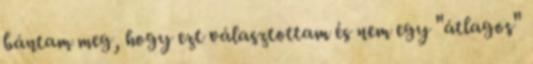
bántam meg, hogy ezt választottam és nem egy "átlagos"